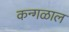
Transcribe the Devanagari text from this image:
कन्गळाल